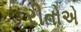
રીતોએ